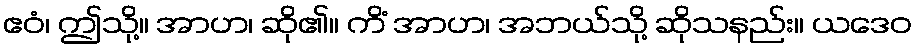
ဧဝံ၊ ဤသို့။ အာဟ၊ ဆို၏။ ကိံ အာဟ၊ အဘယ်သို့ ဆိုသနည်း။ ယဒေဝ